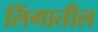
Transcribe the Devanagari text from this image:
लिंगातील